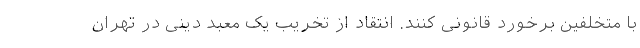
با متخلفین برخورد قانونی کنند. انتقاد از تخریب یک معبد دینی در تهران